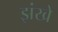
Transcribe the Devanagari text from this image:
झंखे